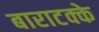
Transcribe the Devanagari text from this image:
बाराटक्के